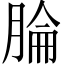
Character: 腀